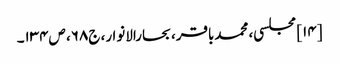
[۱۴] مجلسی، محمدباقر، بحارالانوار، ج۶۸، ص۱۳۴۔